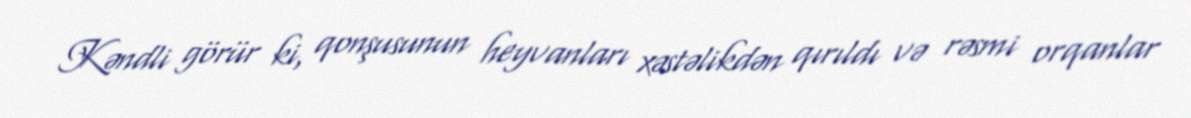
Kəndli görür ki, qonşusunun heyvanları xəstəlikdən qırıldı və rəsmi orqanlar